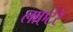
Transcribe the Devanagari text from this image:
लाएटेरे